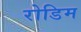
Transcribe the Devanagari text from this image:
रोडिम